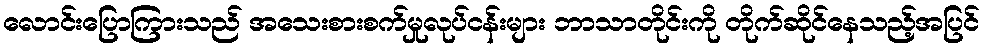
လောင်းပြောကြားသည် အသေးစားစက်မှုလုပ်ငန်းများ ဘာသာတိုင်းကို တိုက်ဆိုင်နေသည့်အပြင်